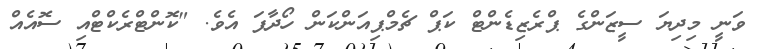
ވަނީ މިދިޔަ ސީޒަންގެ ޕްރެޒިޑެންޓް ކަޕް ޗެމްޕިއަންކަން ހޯދާފަ އެވެ. "ކޮންޓްރެކްޓްއި ސޮއެއް